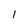
Character: 1